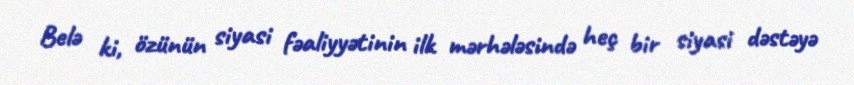
Belə ki, özünün siyasi fəaliyyətinin ilk mərhələsində heç bir siyasi dəstəyə